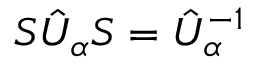
{ \cal S } \hat { U } _ { \alpha } { \cal S } = \hat { U } _ { \alpha } ^ { - 1 }